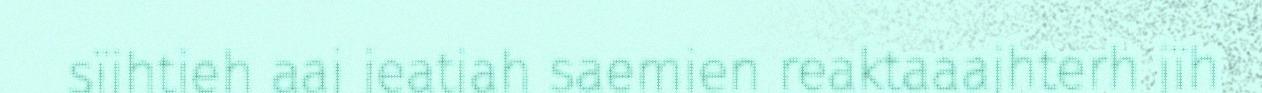
sïjhtieh aaj jeatjah saemien reaktaaajhterh jïh